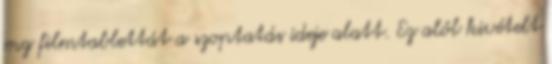
mg filmtablettát a szoptatás ideje alatt. Ez alól kivételt